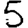
Digit: 5